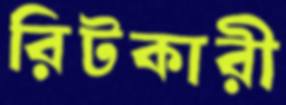
রিটকারী